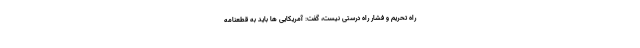
راه تحریم و فشار راه درستی نیست، گفت: آمریکایی ها باید به قطعنامه